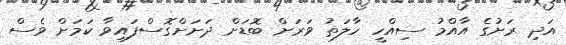
އަދި ރަށުގެ އާއްމު ސިއްހީ ހާލަތު ވަރަށް ބޮޑަށް ދަށަށްގޮސްފައިވާ ކަމަށް ވެސް